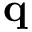
{ \bf q }